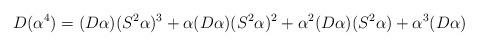
LaTeX: \begin{align*} D(\alpha^4) = (D\alpha)(S^2\alpha)^3+\alpha(D\alpha)(S^2\alpha)^2+\alpha^2(D\alpha)(S^2\alpha)+\alpha^3(D\alpha)\end{align*}